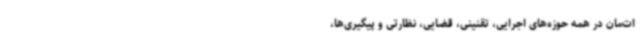
ات‌مان در همه حوزه‌های اجرایی، تقنینی، قضایی، نظارتی و پیگیری‌ها،